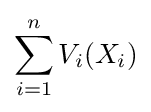
\sum _{i=1}^{n}{V_{i}(X_{i})}